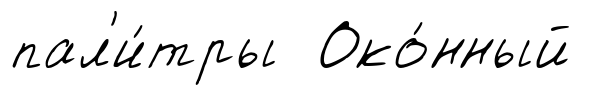
пал'и́тры Око́нный